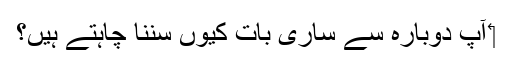
‏ آپ دوبارہ سے ساری بات کیوں سننا چاہتے ہیں؟